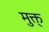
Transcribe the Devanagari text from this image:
मुक्त्